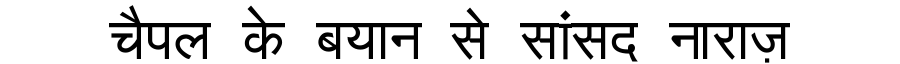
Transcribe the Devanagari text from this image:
चैपल के बयान से सांसद नाराज़